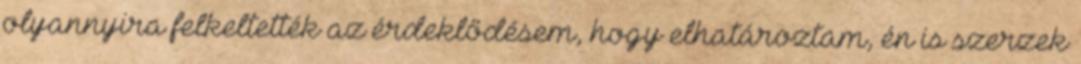
olyannyira felkeltették az érdeklődésem, hogy elhatároztam, én is szerzek